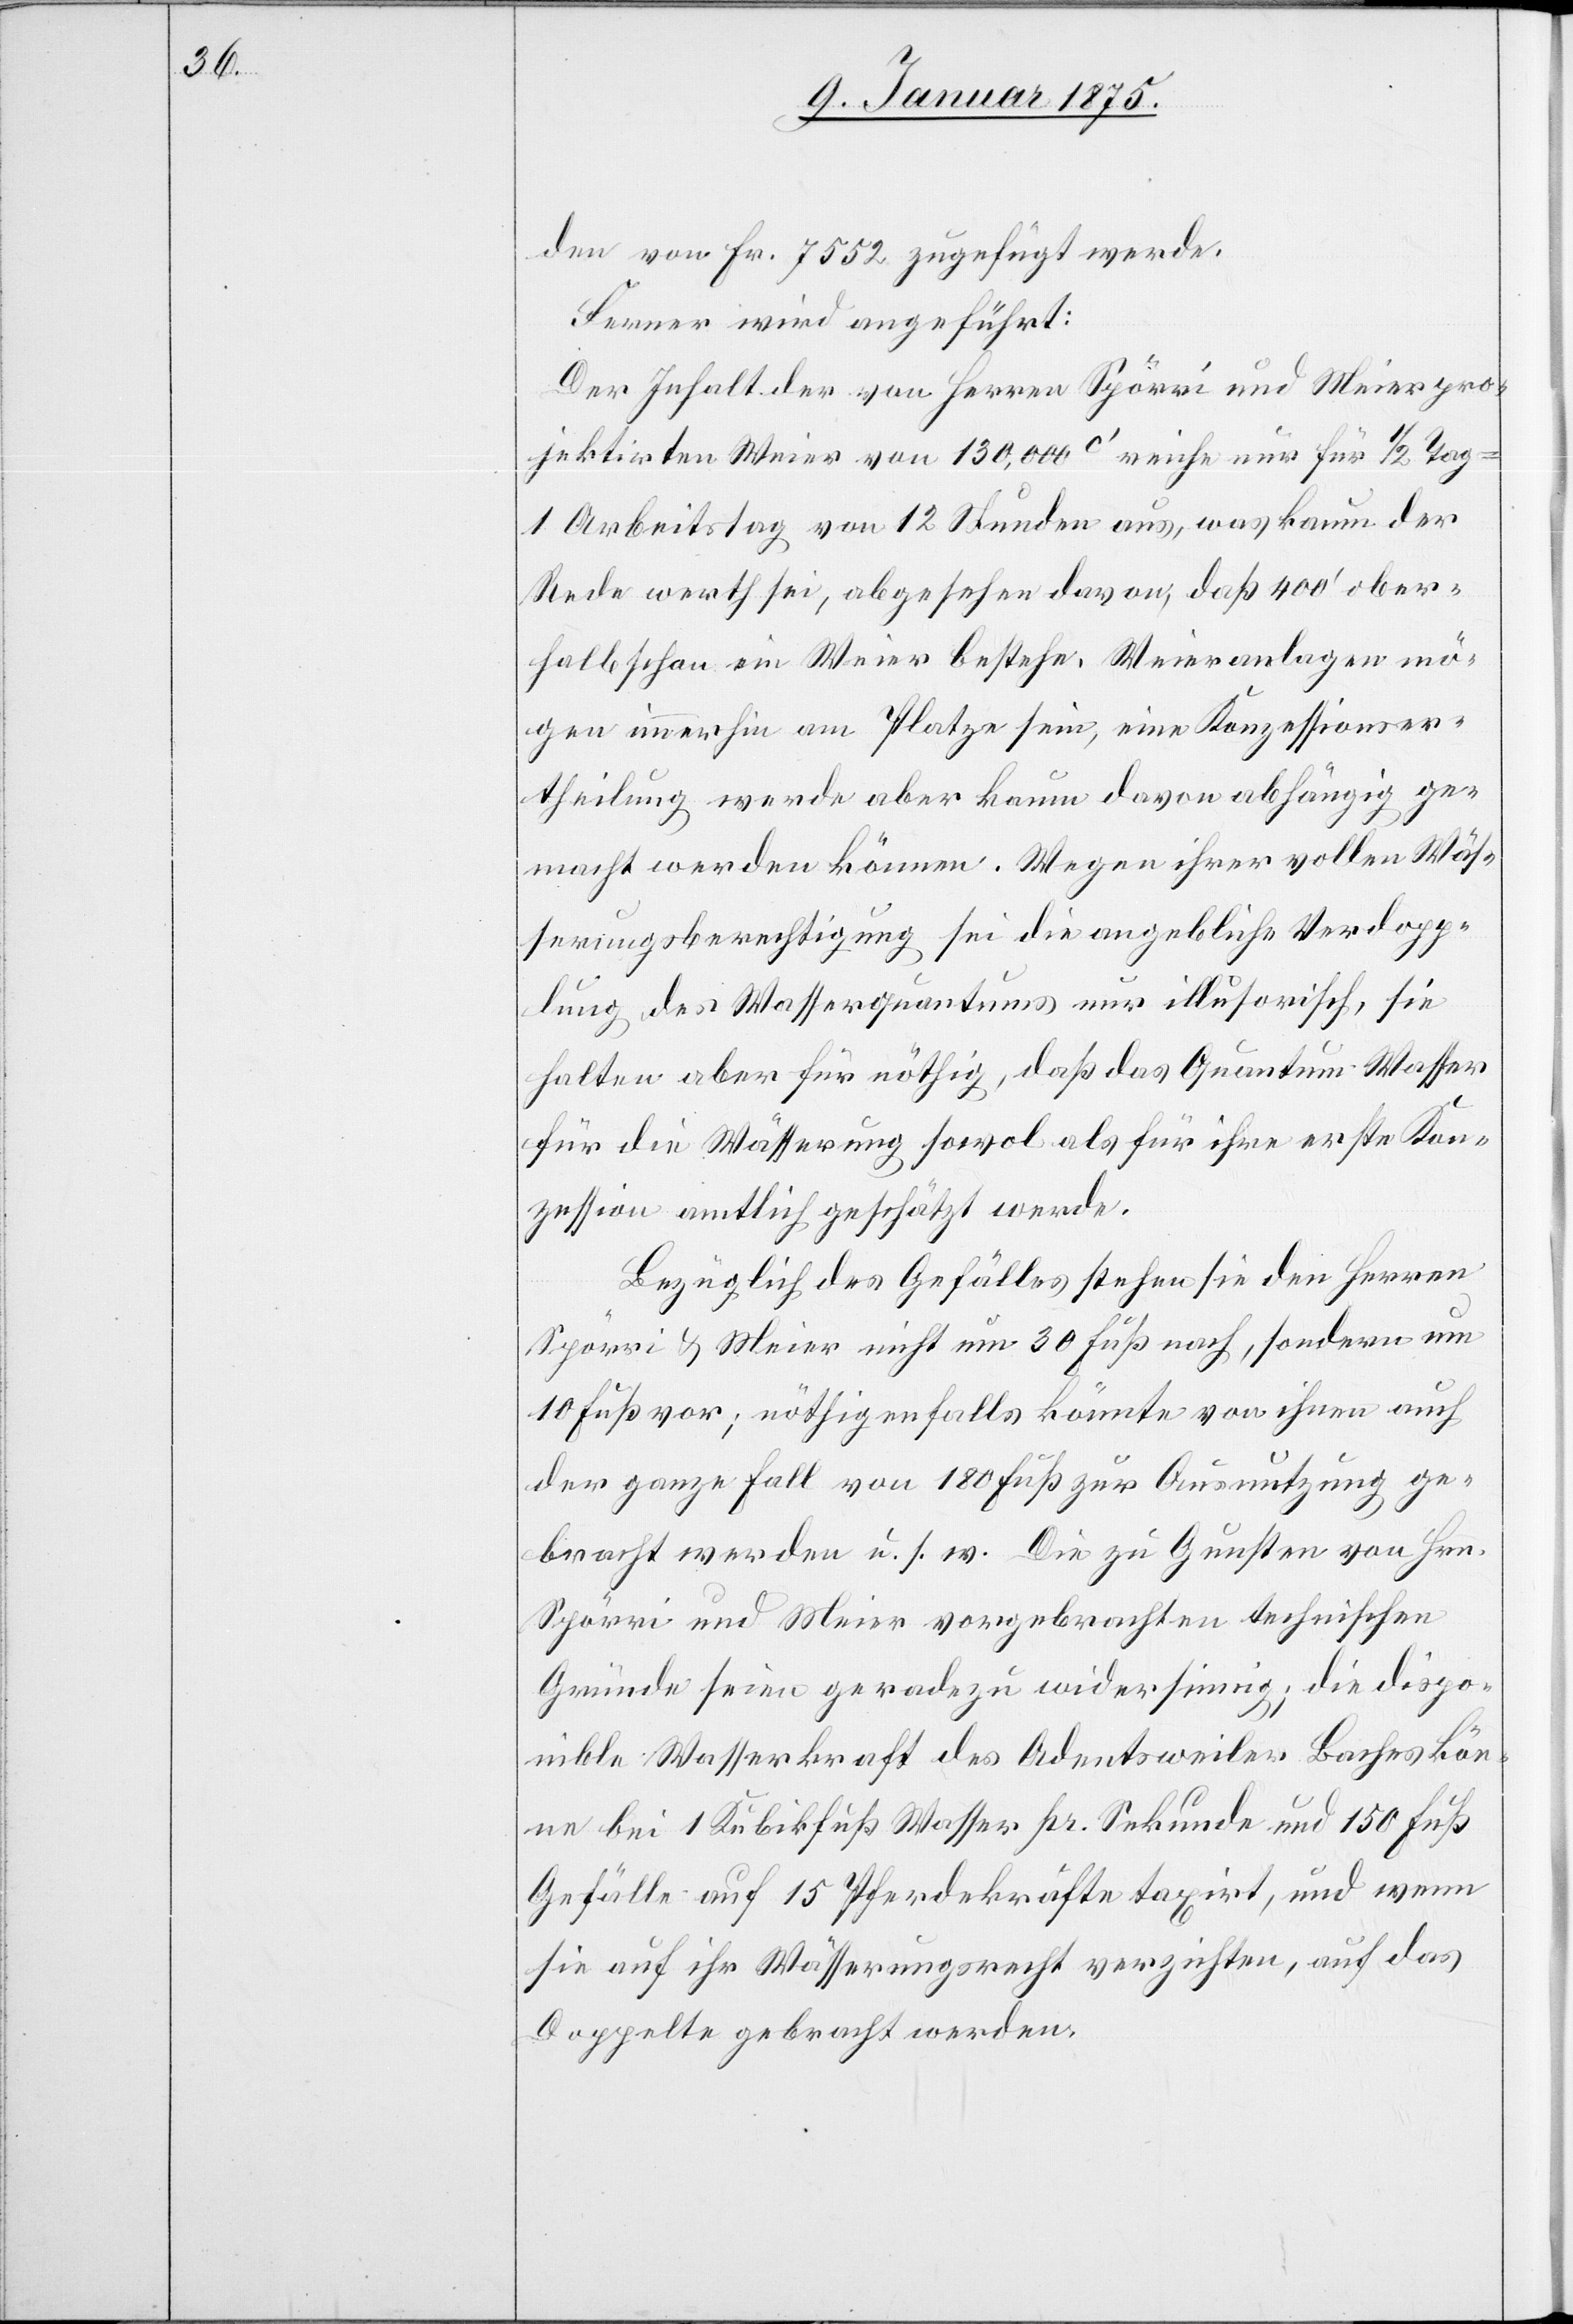
den von Fr. 7552 zugefügt werde.
Ferner wird angefügt:
Der Inhalt der von Herrn Spörri und Meier pro¬
jektirten Weier von 130,000c‘ reiche nur für 1/2 Tag
1 Arbeitstag von 12 Stunden aus, was kaum der
Rede werth sei, abgesehen davon, daß 400‘ ober¬
halb schon ein Weier bestehe. Weieranlagen mö¬
gen immerhin am Platze sein, eine Konzessionser¬
theilung werde aber kaum davon abhängig ge¬
macht werden können. Wegen ihrer vollen Wäs¬
serungsberechtigung sei die angebliche Verdoppe¬
lung des Wasserquantums nur illusorisch, sie
halten aber für nöthig, daß das Quantum Wasser
für die Wässerung sowol als für ihre erste Kon¬
zession amtlich geschätzt werde.
Bezüglich des Gefälles stehen sie den Herren
Spörri & Meier nicht um 30 Fuß nach, sondern um
10 Fuß vor; nöthigenfalls könnte von ihnen auch
der ganze Fall von 180 Fuß zur Ausnutzung ge¬
bracht werden u. s. w. Die zu Gunsten von Hrn.
Spörri und Meier vorgebrachten technischen
Gründe seien geradezu widersinnig; die dispo¬
nible Wasserkraft des Adentsweiler Baches kön¬
ne bei 1 Kubikfuß Wasser pr. Sekunde und 150 Fuß
Gefälle auf 15 Pferdekräfte taxirt, und wenn
sie auf ihr Wässerungsrecht verzichten, auf das
Doppelte gebracht werden.